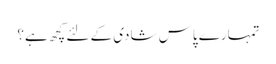
تمہارے پاس شادی کے لئے کچھ ہے؟